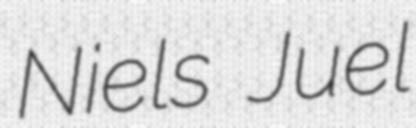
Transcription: Niels Juel